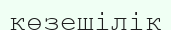
көзешілік